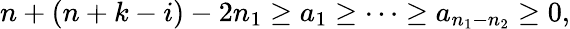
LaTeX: n+(n+k-i)-2n_{1}\geq a_{1}\geq\cdots\geq a_{n_{1}-n_{2}}\geq 0,